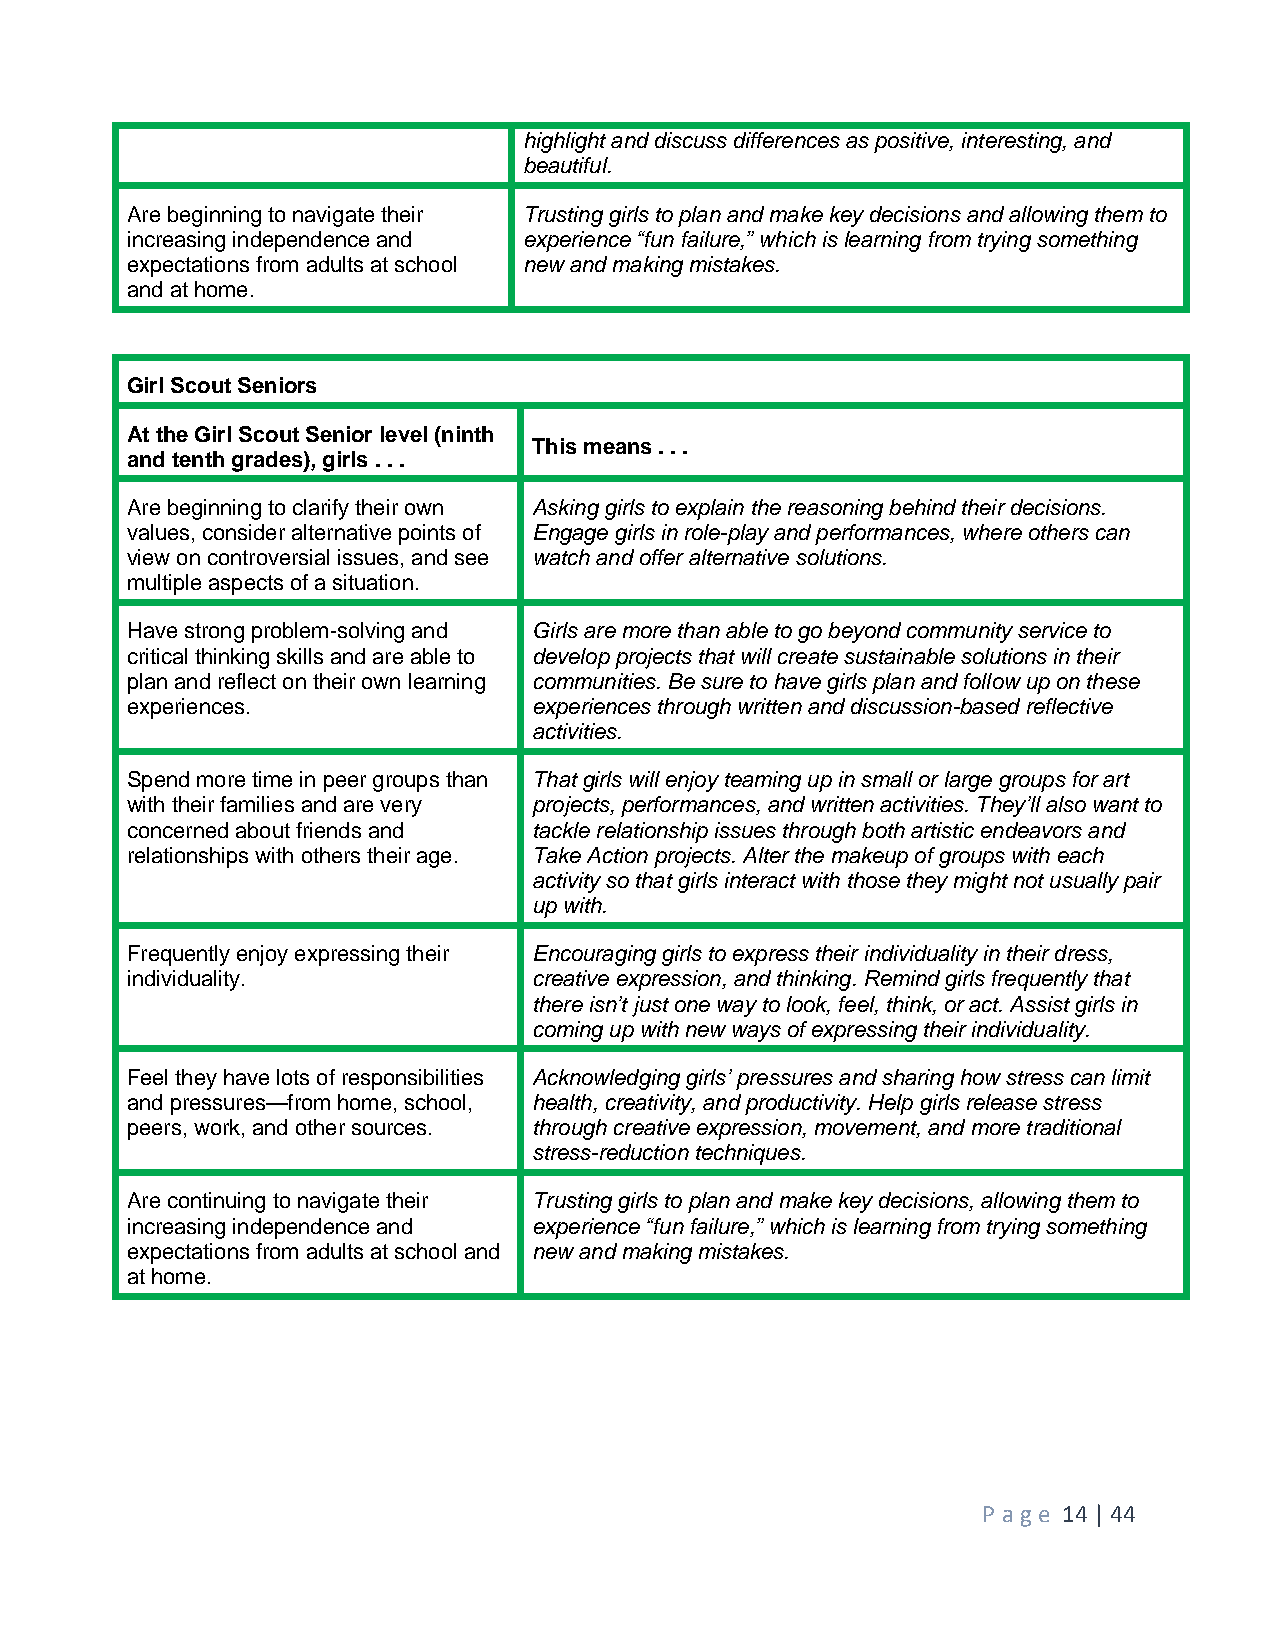
highlight and discuss differences as positive, interesting, and
 beautiful.
 Are beginning to navigate their Trusting girls to plan and make key decisions and allowing them to
 increasing independence and experience “fun failure,” which is learning from trying something
 expectations from adults at school new and making mistakes.
 and at home.
 Girl Scout Seniors
 At the Girl Scout Senior level (ninth
 This means . . .
 and tenth grades), girls . . .
 Are beginning to clarify their own Asking girls to explain the reasoning behind their decisions.
 values, consider alternative points of Engage girls in role-play and performances, where others can
 view on controversial issues, and see watch and offer alternative solutions.
 multiple aspects of a situation.
 Have strong problem-solving and Girls are more than able to go beyond community service to
 critical thinking skills and are able to develop projects that will create sustainable solutions in their
 plan and reflect on their own learning communities. Be sure to have girls plan and follow up on these
 experiences.               experiences through written and discussion-based reflective
 activities.
 Spend more time in peer groups than That girls will enjoy teaming up in small or large groups for art
 with their families and are very projects, performances, and written activities. They’ll also want to
 concerned about friends and tackle relationship issues through both artistic endeavors and
 relationships with others their age. Take Action projects. Alter the makeup of groups with each
 activity so that girls interact with those they might not usually pair
 up with.
 Frequently enjoy expressing their Encouraging girls to express their individuality in their dress,
 individuality.             creative expression, and thinking. Remind girls frequently that
 there isn’t just one way to look, feel, think, or act. Assist girls in
 coming up with new ways of expressing their individuality.
 Feel they have lots of responsibilities Acknowledging girls’ pressures and sharing how stress can limit
 and pressures—from home, school, health, creativity, and productivity. Help girls release stress
 peers, work, and other sources. through creative expression, movement, and more traditional
 stress-reduction techniques.
 Are continuing to navigate their Trusting girls to plan and make key decisions, allowing them to
 increasing independence and experience “fun failure,” which is learning from trying something
 expectations from adults at school and new and making mistakes.
 at home.
 P age 14 | 44